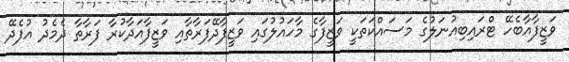
ވަޒީފާއާބެހޭ ޓްރައިބިއުނަލުގެ މަސައްކަތަކީ ވަޒީފާގެ މާހައުލުގައި ވަޒީފާދޭފަރާތާއި ވަޒީފާއަދާކުރާ ފަރާތާ ދެމެދު އުފެދޭ